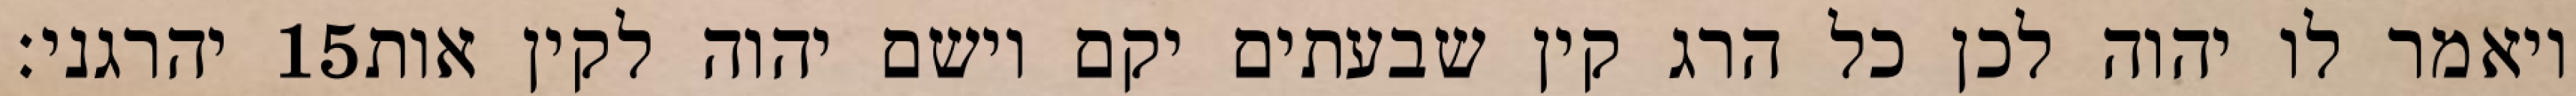
יהרגני׃ ‎15‏ ויאמר לו יהוה לכן כל הרג קין שבעתים יקם וישם יהוה לקין אות